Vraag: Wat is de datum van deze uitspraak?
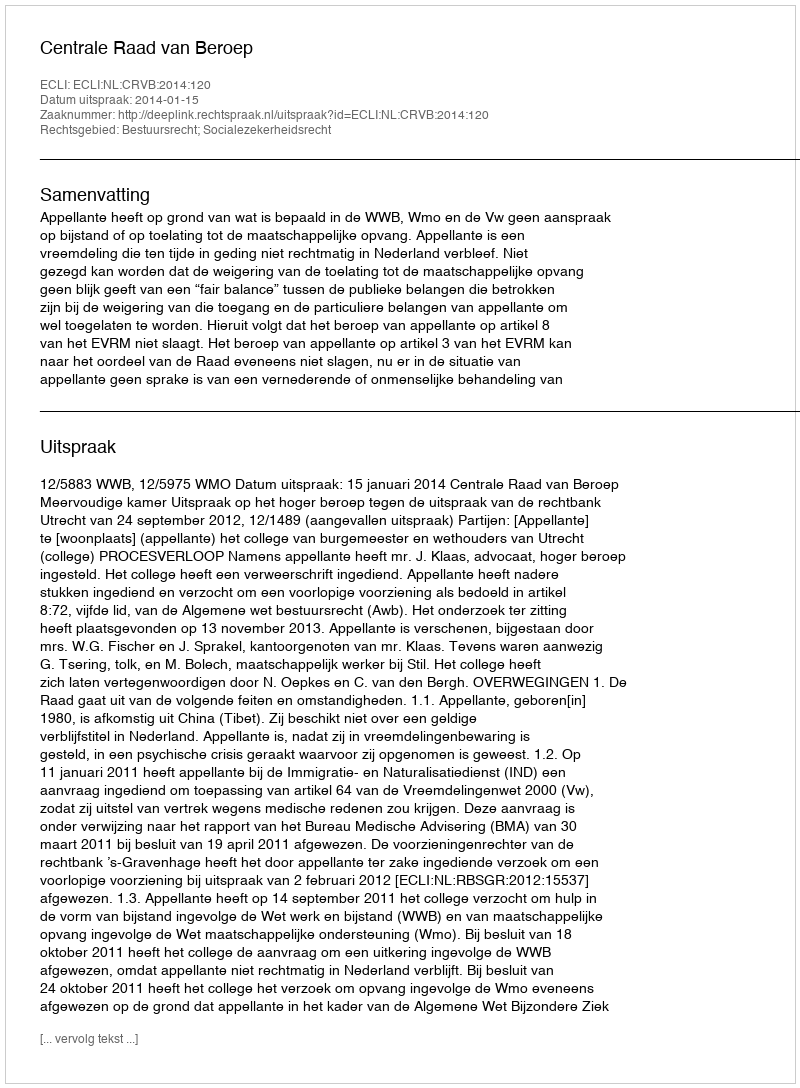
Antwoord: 2014-01-15